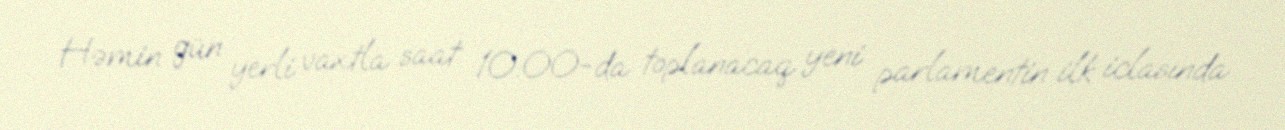
Həmin gün yerli vaxtla saat 10:00-da toplanacaq yeni parlamentin ilk iclasında